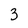
Character: 3